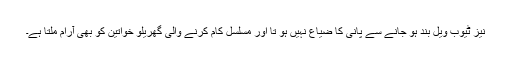
نیز ٹیوب ویل بند ہو جانے سے پانی کا ضیاع نہیں ہو تا اور مسلسل کام کرنے والی گھریلو خواتین کو بھی آرام ملتا ہے۔